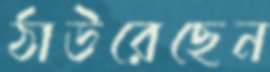
ঠাউরেছেন